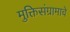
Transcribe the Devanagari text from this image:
मुक्तिसंग्रामाचे